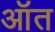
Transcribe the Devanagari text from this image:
ऑत